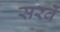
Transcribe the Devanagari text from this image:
सरवे